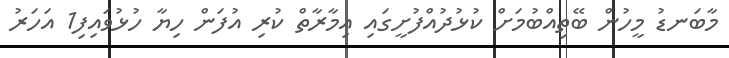
މާބަނޑު މީހުން ބޭތިއްބުމަށް ކުޅުދުއްފުށީގައި އިމާރާތް ކުރި އުފަން ހިޔާ ހުޅުވައިފި1 އަހަރު